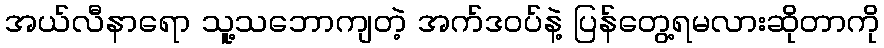
အယ်လီနာရော သူ့သဘောကျတဲ့ အက်ဒဝပ်နဲ့ ပြန်တွေ့ရမလားဆိုတာကို